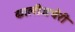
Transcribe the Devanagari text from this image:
कालीअधेरी